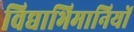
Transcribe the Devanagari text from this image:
विद्याभिमानियों